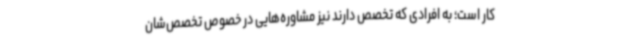
کار است؛ به افرادی که تخصص دارند نیز مشاوره‌هایی در خصوص تخصص‌شان